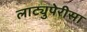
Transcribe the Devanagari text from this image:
लाट्युपेरीसा